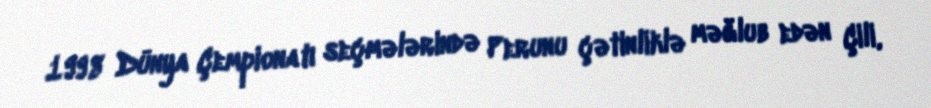
1998 Dünya Çempionatı seçmələrində Perunu çətinliklə məğlub edən Çili,